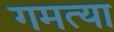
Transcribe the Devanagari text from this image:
गमत्या